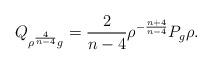
LaTeX: \begin{align*}Q_{\rho ^{\frac{4}{n-4}}g}=\frac{2}{n-4}\rho ^{-\frac{n+4}{n-4}}P_{g}\rho .\end{align*}